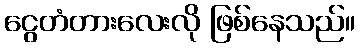
ငွေတံတားလေးလို ဖြစ်နေသည်။